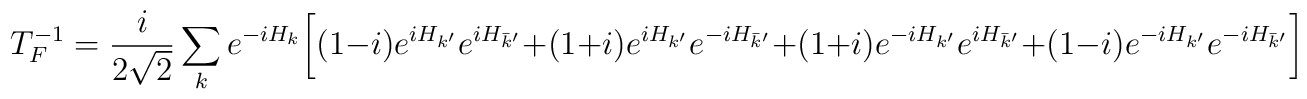
T_F^{-1}=\frac{i}{2\sqrt{2}} \sum_k e^{-iH_k}\biggl[ (1-i)e^{iH_{k'}} e^{iH_{\bar k'}}+(1+i)e^{iH_{k'}} e^{-iH_{\bar k'}} +(1+i)e^{-iH_{k'}} e^{iH_{\bar k'}}+(1-i)e^{-iH_{k'}} e^{-iH_{\bar k'}} \biggr]